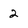
Character: 2